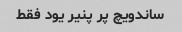
ساندویچ پر پنیر یود فقط